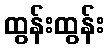
ထွန်းထွန်း